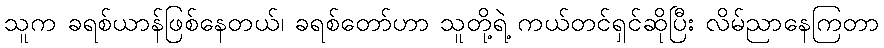
သူက ခရစ်ယာန်ဖြစ်နေတယ်၊ ခရစ်တော်ဟာ သူတို့ရဲ့ ကယ်တင်ရှင်ဆိုပြီး လိမ်ညာနေကြတာ